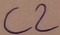
Text: C2